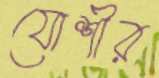
যোশীর